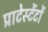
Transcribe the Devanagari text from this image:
प्राटेस्टेंटों